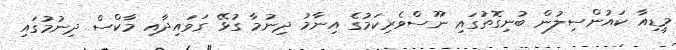
މީޑިއާ ކައުންސިލުން ބުނިގޮތުގައި ނޫސްވެރިކަމުގެ އިނާމު ދިނުމާ ގުޅޭ ގަވައިދާއި މާކްސް ދިނުމުގައި